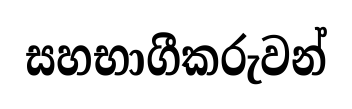
සහභාගීකරුවන්